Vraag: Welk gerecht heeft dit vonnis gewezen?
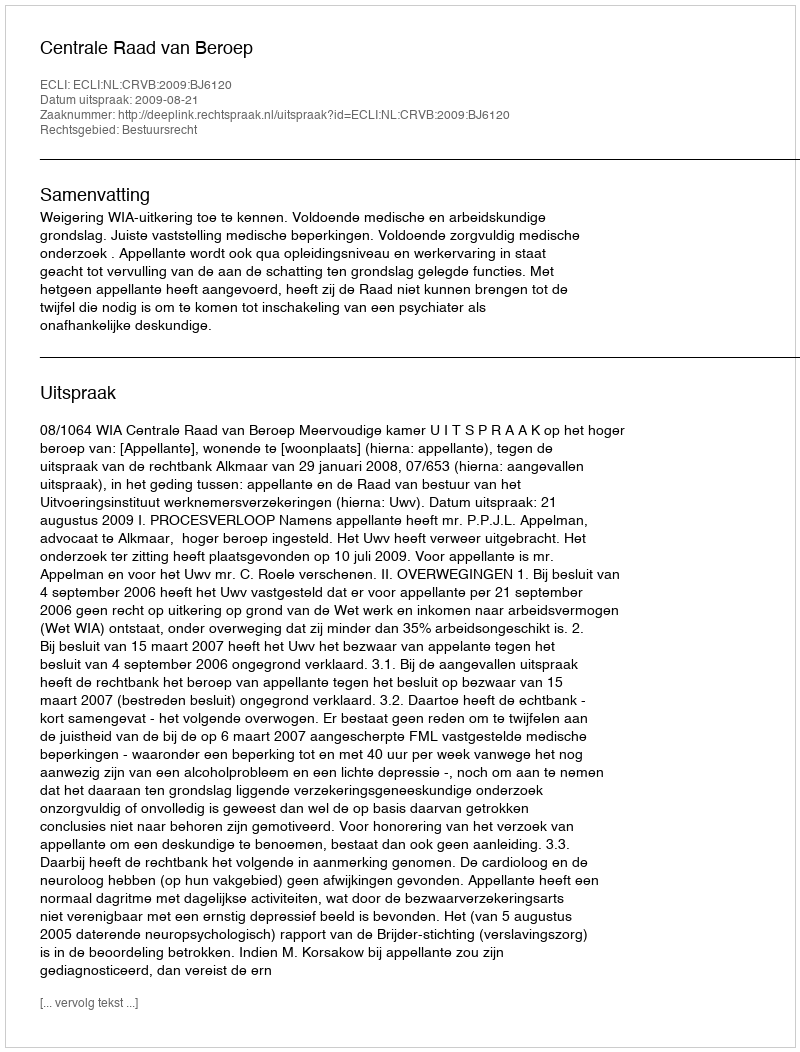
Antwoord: Centrale Raad van Beroep